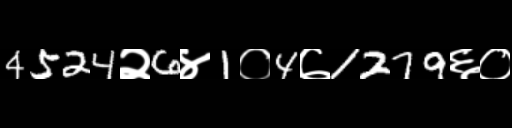
Text: 4524२6४1०4७1279६०